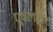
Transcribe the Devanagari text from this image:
पूर्वलक्षित